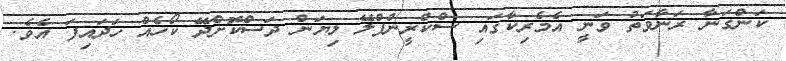
ކަންގަނާ ރަނާވަތު ވަނީ އެމެރިކާގައި ސްކްރީންޕްލޭ ލިޔަން ދަސްކޮށްދޭ ކޯހެއް ހަދައިފަ އެވެ.